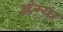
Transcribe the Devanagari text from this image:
अंग्या